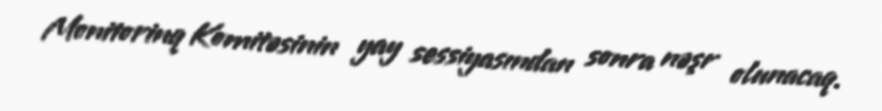
Monitorinq Komitəsinin yay sessiyasından sonra nəşr olunacaq.